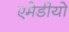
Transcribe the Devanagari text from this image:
एमेडीयो